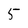
Character: 5